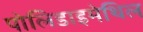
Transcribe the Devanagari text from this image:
पोलिडाइमेथिल